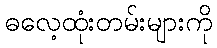
ဓလေ့ထုံးတမ်းများကို